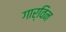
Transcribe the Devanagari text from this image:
गार्विन